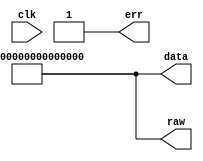
module random(clk, data, raw, err);
  input clk;
  wire clk;
  output [63:0] data;
  wire [63:0] data;
  output err;
  wire err;
  output [63:0] raw;
  wire [63:0] raw;
  assign data = 64'hffffffffffffffff;
  assign raw = 64'hffffffffffffffff;
  assign err = 1'h1;
endmodule